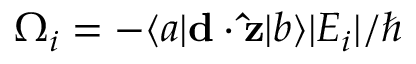
\Omega _ { i } = - \langle a | \mathbf { d } \cdot \mathbf { \hat { z } } | b \rangle | E _ { i } | / \hbar